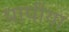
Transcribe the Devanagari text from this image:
पापीया